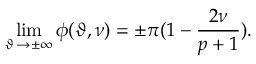
\operatorname * { l i m } _ { \vartheta \, \rightarrow \pm \infty } \phi ( \vartheta , \nu ) = \pm \pi ( 1 - \displaystyle \frac { 2 \nu } { p + 1 } ) .